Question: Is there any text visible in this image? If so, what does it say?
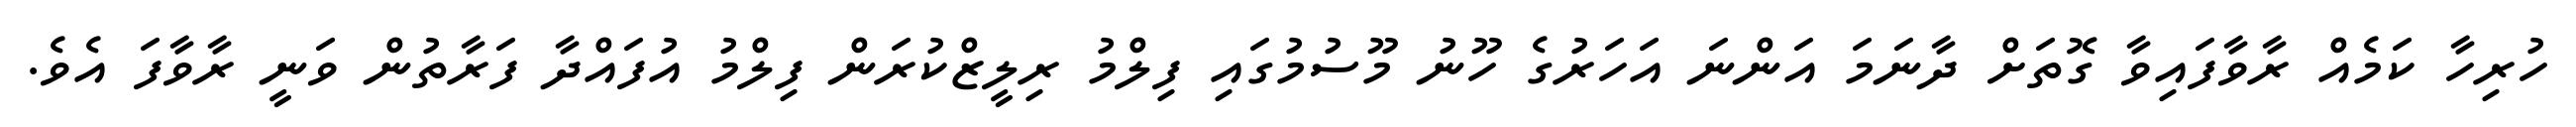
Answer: ހުރިހާ ކަމެއް ރާވާފައިވާ ގޮތަށް ދާނަމަ އަންނަ އަހަރުގެ ހޫނު މޫސުމުގައި ފިލްމު ރިލީޒްކުރަން ފިލްމު އުފައްދާ ފަރާތުން ވަނީ ރާވާފަ އެވެ.